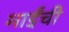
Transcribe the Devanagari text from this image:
माईंची